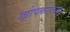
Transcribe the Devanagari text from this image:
खोपकरांच्या